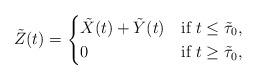
LaTeX: \begin{align*}\tilde Z(t)=\begin{cases} \tilde X(t)+\tilde Y(t) &\mbox{if }t\le\tilde\tau_0,\\0 &\mbox{if } t\ge \tilde\tau_0,\end{cases}\end{align*}